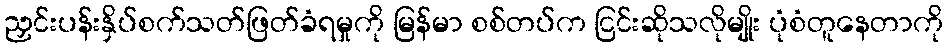
ညှင်းပန်းနှိပ်စက်သတ်ဖြတ်ခံရမှုကို မြန်မာ စစ်တပ်က ငြင်းဆိုသလိုမျိုး ပုံစံတူနေတာကို